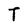
Character: T